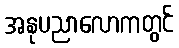
အနုပညာလောကတွင်